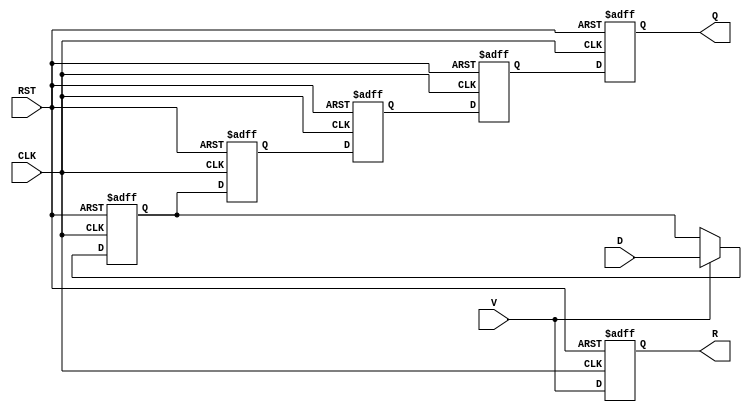
module pipeline_buffer #(
    parameter STAGES = 4, // Number of pipeline stages
    parameter DATA_WIDTH = 8 // Width of the data input
)(
    input wire [DATA_WIDTH-1:0] D, // Data Input
    input wire CLK, // Clock Signal
    input wire RST, // Asynchronous Reset
    input wire V, // Valid Signal
    output reg [DATA_WIDTH-1:0] Q, // Data Output
    output reg R // Ready Signal
);

// Internal registers for the pipeline stages
reg [DATA_WIDTH-1:0] buffer [0:STAGES-1];

// Pipeline behavior
integer i;

always @(posedge CLK or posedge RST) begin
    if (RST) begin
        // Clear all pipeline stages on reset
        for (i = 0; i < STAGES; i = i + 1) begin
            buffer[i] <= 0;
        end
        Q <= 0; // Clear output
        R <= 0; // Clear ready signal
    end else begin
        // Shift data through the pipeline
        if (V) begin
            // Latch the input data into the first stage if valid
            buffer[0] <= D;
        end
        
        // Shift data to the next stages
        for (i = 1; i < STAGES; i = i + 1) begin
            buffer[i] <= buffer[i-1];
        end
        
        // Update output and ready signal
        Q <= buffer[STAGES-1]; // Output from the last stage
        R <= V; // Ready signal indicates if the input was valid
    end
end

endmodule